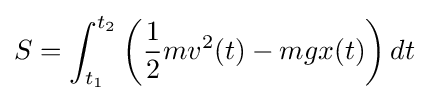
S=\int _{t_{1}}^{t_{2}}\left({\frac {1}{2}}mv^{2}(t)-mgx(t)\right)dt